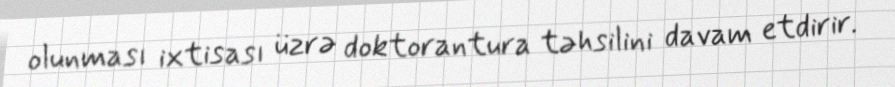
olunması ixtisası üzrə doktorantura təhsilini davam etdirir.